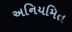
અનિયમિત